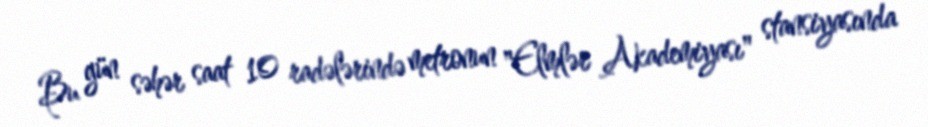
Bu gün səhər saat 10 radələrində metronun "Elmlər Akademiyası" stansiyasında